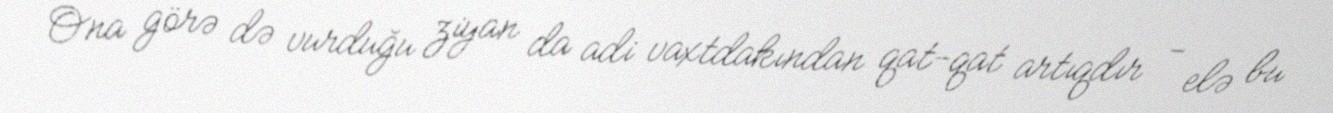
Ona görə də vurduğu ziyan da adi vaxtdakından qat-qat artıqdır - elə bu